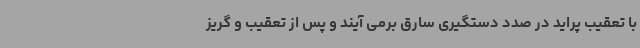
با تعقیب پراید در صدد دستگیری سارق برمی آیند و پس از تعقیب و گریز